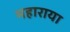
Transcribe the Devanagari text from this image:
महाराया